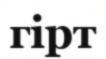
гірт